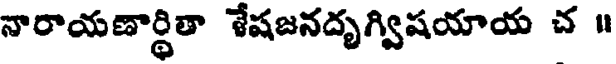
నారాయణార్థితా శేషజనదృగ్విషయాయ చ ॥